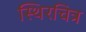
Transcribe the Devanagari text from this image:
स्थिरचित्र